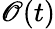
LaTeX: \mathscr{O}(t)